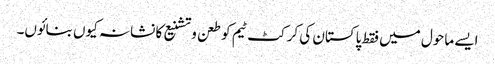
ایسے ماحول میں فقط پاکستان کی کرکٹ ٹیم کو طعن وتشنیع کا نشانہ کیوں بنائوں۔